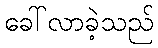
ခေါ်လာခဲ့သည်